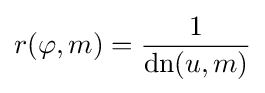
r(\varphi ,m)={\frac {1}{\operatorname {dn} (u,m)}}